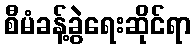
စီမံခန့်ခွဲရေးဆိုင်ရာ